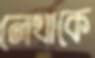
লেখাকে